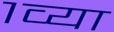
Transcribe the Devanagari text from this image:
१व्या